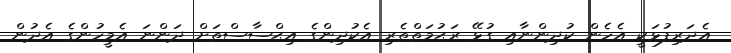
އެދަރިފުޅަކީ އެހެން ކުދިންނާއި ގުޅޭ ރަޙުމަތްތެރި އެކުދިންގެ އިޙްސާސްތަށް ދަންނަ އެމީހުންގެ އެދުން